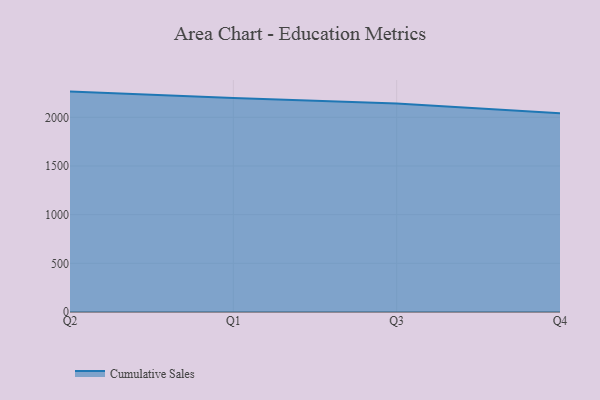
{"axis": {"x": "Quarter", "y": "Backlog"}, "legend": ["Cumulative Sales"], "data": [{"x": "Q2", "y": 2264.1, "type": "Cumulative Sales"}, {"x": "Q1", "y": 2198.1, "type": "Cumulative Sales"}, {"x": "Q3", "y": 2140.9, "type": "Cumulative Sales"}, {"x": "Q4", "y": 2041.6, "type": "Cumulative Sales"}]}